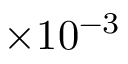
\times 1 0 ^ { - 3 }